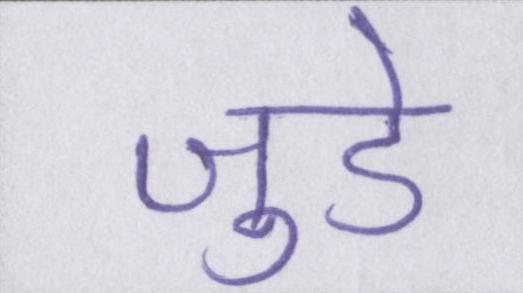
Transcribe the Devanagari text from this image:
जुडे